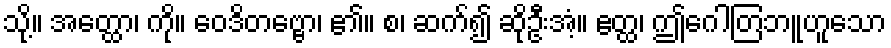
သို့။ အတ္ထော၊ ကို။ ဝေဒိတဗ္ဗော၊ ၏။ စ၊ ဆက်၍ ဆိုဦးအံ့။ ဧတ္ထ၊ ဤဂေါတြဘူဟူသော